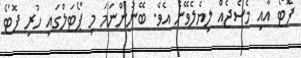
ފޮޓޯ އާއި މެސެޖެއް ލިޔެލެވޭނެ އެވެ. ބޭނުންނަމަ މި ޕޯޓަލްގައި ހުރި ފޮޓޯ